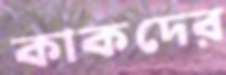
কাকদের